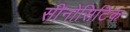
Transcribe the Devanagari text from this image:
सीनोसिटिक